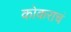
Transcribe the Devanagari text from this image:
कोकराचं